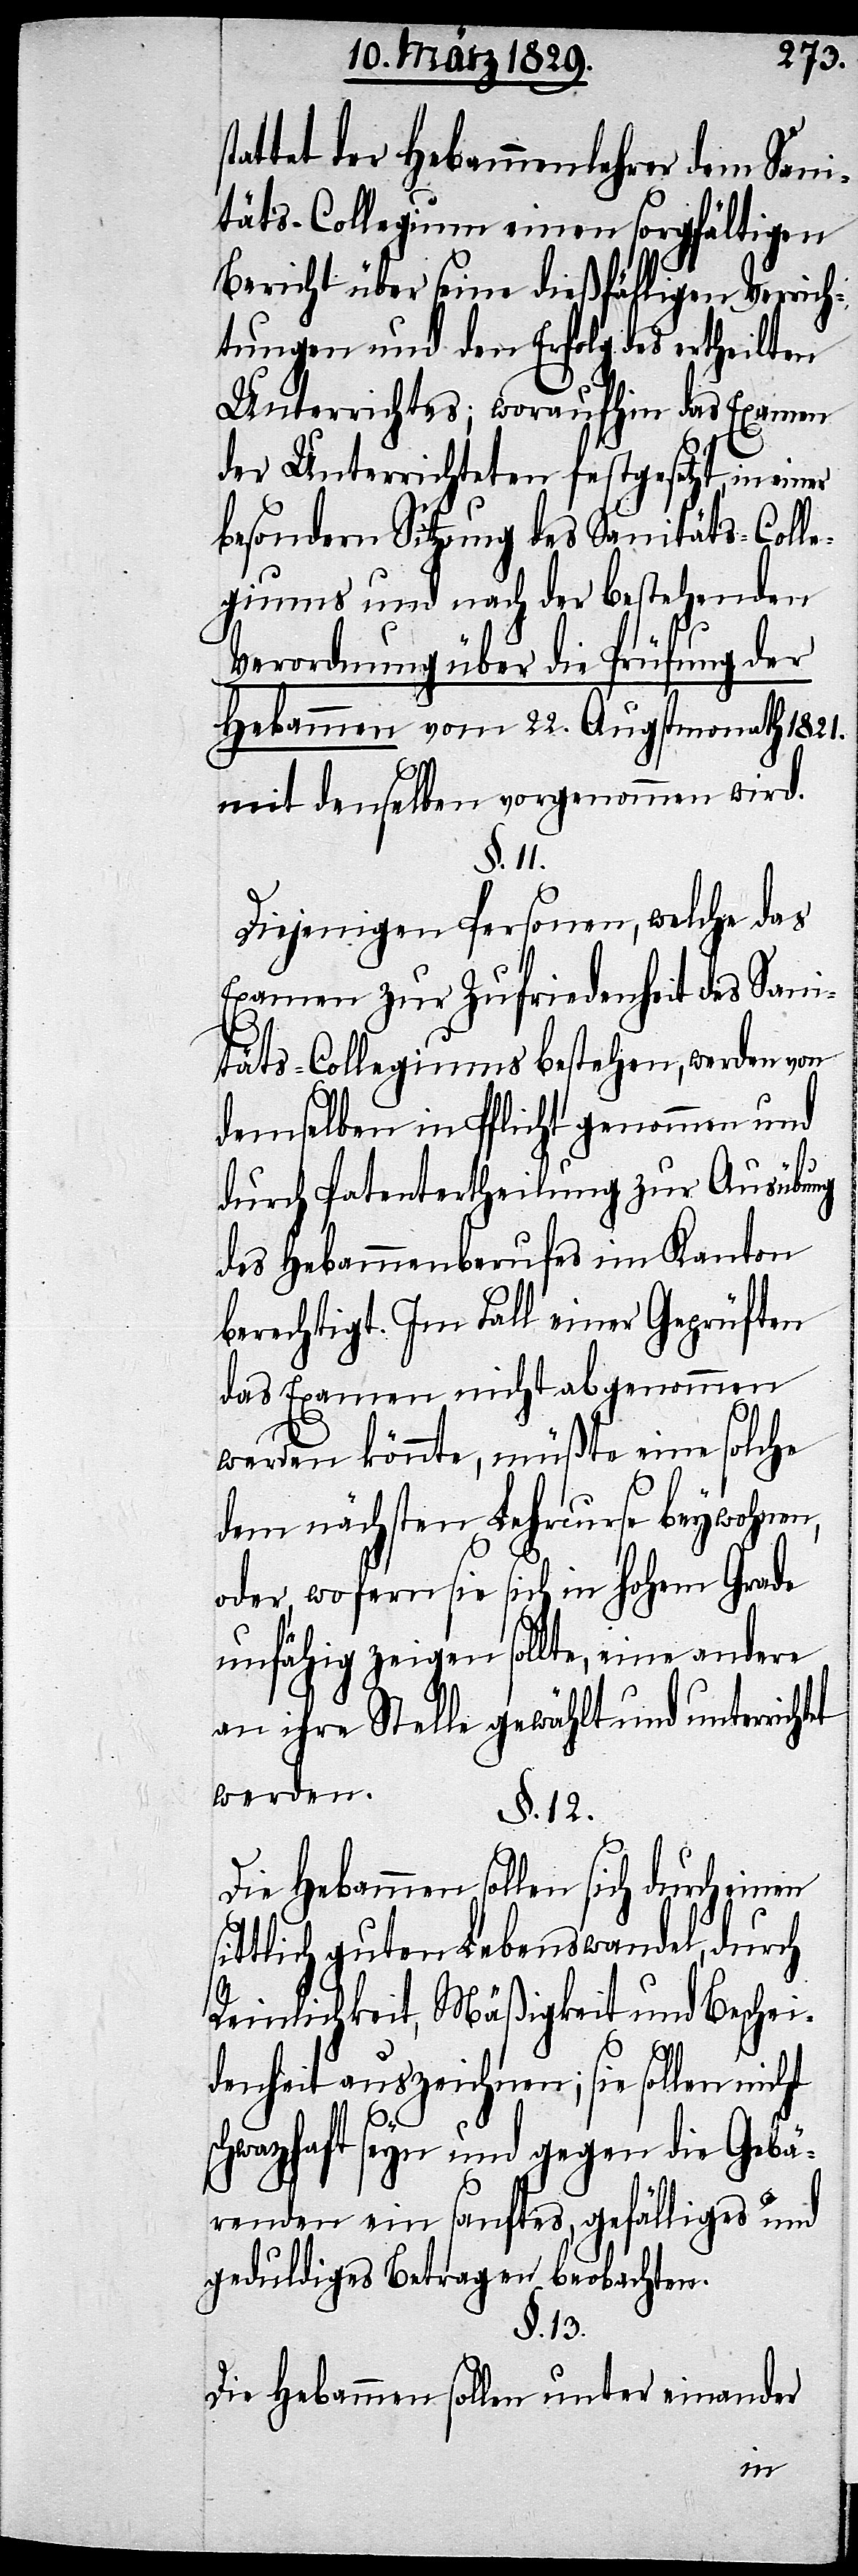
tattet der Hebammenlehrer dem Sani¬
täts-Collegium einen sorgfältigen
Bericht über seine dießfälligen Verrich¬
tungen und den Erfolg des ertheilten
Unterrichtes; woraufhin das Examen
der Unterrichteten festgesetzt, in
besondern Sitzung des Sanitäts-Colle¬
giums und nach der bestehenden
Verordnung über die Prüfung der
Hebammen vom 22. Augstmonath 1821.
mit denselben vorgenommen wird.
§. 11.
Diejenigen Personen, welche das
Examen zur Zufriedenheit des Sani¬
täts-Collegiums bestehen, werden von
demselben in Pflicht genommen und
durch Patentertheilung zur Ausübung
des Hebammenberufes im Kanton
berechtigt. Im Fall einer Geprüften
das Examen nicht abgenommen
werde könnte, müßte eine solche
dem nächsten Lehrcurse beywohnen,
oder, wofern sie sich im hohen Grade
unfähig zeigen sollte, eine andere
an ihre Stelle gewählt und unterricht¬
werden.
§. 12.
Die Hebammen sollen sich durch einen
ittlich guten Lebenswandel, durch
Reinlichkeit, Mäßigkeit und Beschei¬
denheit auszeichnen; sie sollen nicht
schwazhaft seyn und gegen die Gebä¬
renden ein sanftes, gefälliges und
geduldiges Betragen beobachten.
§. 13.
Die Hebammen sollen unter einander
s¬